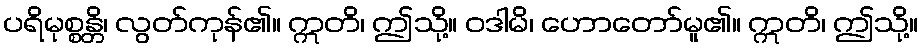
ပရိမုစ္စန္တိ၊ လွတ်ကုန်၏။ ဣတိ၊ ဤသို့။ ဝဒါမိ၊ ဟောတော်မူ၏။ ဣတိ၊ ဤသို့။